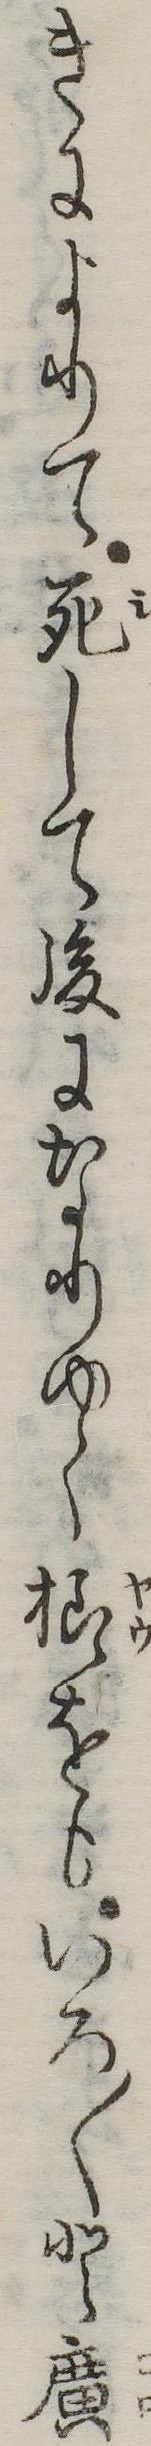
きによりて死して後になりゆく様をもいろ〱と広